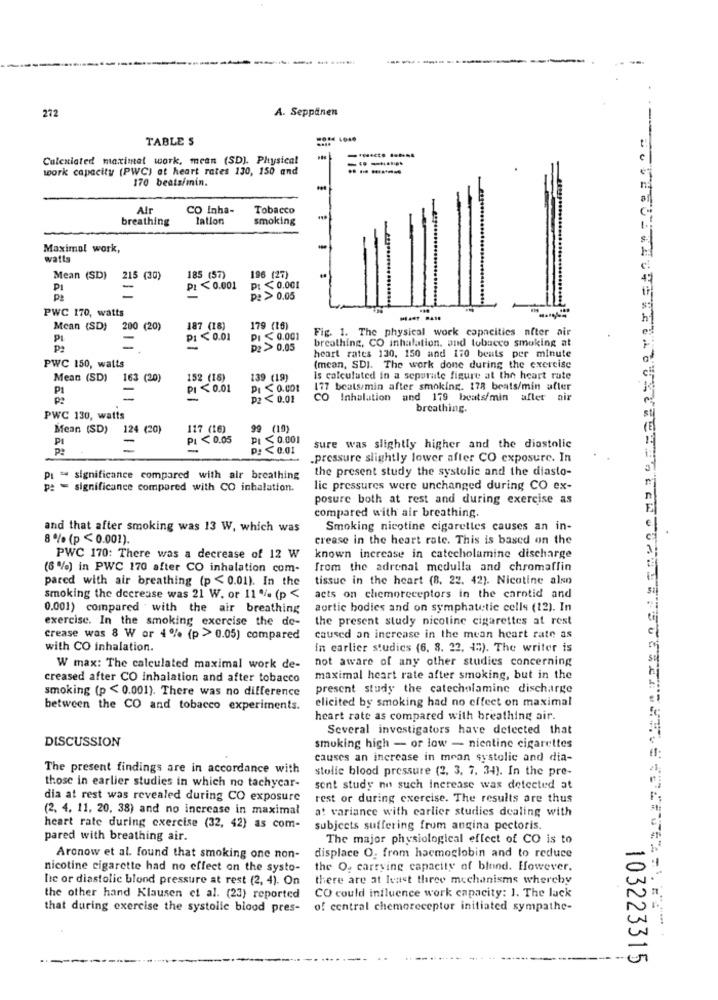
-
A. Seppänen
272
TABLE S
---
Calculated maximal work, mean (SD). Physical
work capacity (PWC) at heart rates 130, 150 and
------
170 beats/min.
Alr
CO Inha-
Tobacco
breathing
lation
smoking
Maximal work,
-
watts
Mean (SD) 215 (30)
185 (57)
196 (27)
PI
=
PL < 0.001
PI <0.001
P
p: > 0.05
....
PWC 170, watts
h1
Mean (SD)
200 (20)
187 (18)
179 (16)
Fig. 1. The physical work capacities after air
PI
PI < 0.01
PI < 0.001
breathing, CO inhalation. and tobacco smoking at
p2 > 0.05
heart rates 130, 150 and 170 beats per minute
PWC 150, walts
(mean, SDI. The work done during the exercise
Mean (SD) 163 (20)
152 (18)
139 (19)
Is calculated in a separate figure at the heart rate
P
PI ≤0.01
PI ≤ 0.001
177 beats/min after smoking. 178 beats/min after
p2 < 0.01
co
Inhalation and 179 beats/min after air
breathing.
sti
PWC 130, watts
Mean (SD)
124 (20)
117 (16)
99 (10)
PI
PI < 0.05
PL < 0.001
P: < 0.01
sure was slightly higher and the diastolic
.pressure slightly lower after CO exposure. In
the present study the systolic and the diasto-
Pt = significance compared with air breathing
pe = significance compared with CO inhalation.
lic pressures were unchanged during CO ex-
posure both at rest and during exercise as
compared with air breathing.
and that after smoking was 13 W, which was
Smoking nicotine cigarettes causes an in-
8 % (p < 0.001).
crease in the heart rate. This is based on the
PWC 170: There was a decrease of 12 W
known increase in catecholamine discharge
(6 %) in PWC 170 after CO inhalation com-
from the adrenal medulla and chromaflin
pared with air breathing (p < 0.01). In the
tissue in the heart (8. 22. 42). Nicotine also
smoking the decrease was 21 W. or 11 %- (p <
acts on chemoreceptors in the carntid and
0.001) compared with the air breathing
aortic bodies and on symphattic cells (12). In
exercise. In the smoking exercise the de-
the present study nicotine cigarettes at rest
crease was 8 W or 4% (p > 0.05) compared
caused an increase in the mean heart rate as
with CO inhalation.
In carlier studies (6. 8. 22. 43). The writer is
not aware of any other studies concerning
W max: The calculated maximal work de-
creased after CO inhalation and after tobacco
maximal heart rate after smoking, but in the
smoking (p < 0.001). There was no difference
present study the catecholamine discharge
elicited by smoking had no effect on maximal
between the CO and tobacco experiments.
heart rate as compared with breathing air.
Several investigators have detected that
DISCUSSION
smoking high - or low - nientine cigarettes
causes an increase in mean systolic and dia-
The present findings are in accordance with
stolic blood pressure (2. 3. 7. 34). In the pre-
those in earlier studies in which no tachycar-
sent study no such increase was detected at
dia at rest was revealed during CO exposure
rest or during exercise. The results are thus
(2. 4. 11, 20, 38) and no increase in maximal
at variance with carlier studies dealing with
heart rate during exercise (32, 42) as com-
subjects suffering from angina pectoris.
pared with breathing air.
The major physiological effect of CO is to
Aronow et al. found that smoking one non-
displace O. from hacmoglobin and to reduce
nicotine cigarette had no effect on the systo-
the O, carrying capacity of blend. However.
he or diastolic blond pressure at rest (2, 4). On
there are at least three mechanisms whereby
the other hand Klausen et al. (23) reported
CO could influence work capacity: 1. The lack
that during exercise the systolle blood pres-
of central chemoreceptor initiated sympathe-
103223315